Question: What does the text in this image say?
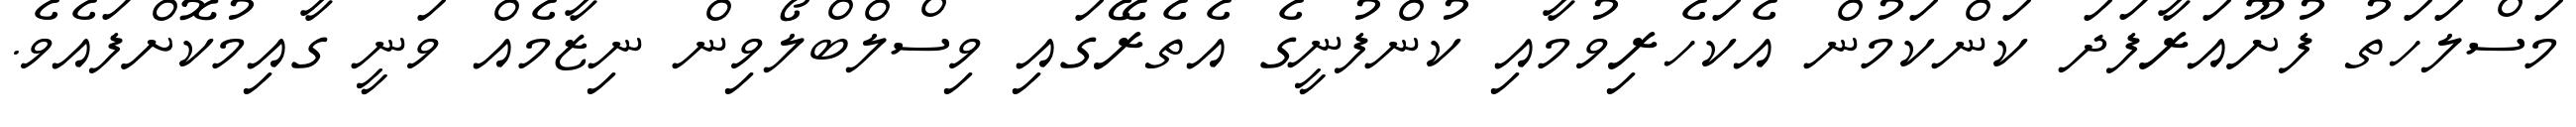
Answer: މަސްލަހަތު ފުށޫއަރާފަދަ ކަންކަމުން އެކަހެރިވުމާއި ކުންފުނީގެ އެތެރޭގައި ވިސްލްބްލޯވިން ނިޒާމެއް ވަނީ ގާއިމުކޮށްފައެވެ.